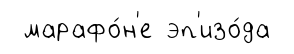
марафо́н'е эп'изо́да